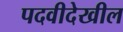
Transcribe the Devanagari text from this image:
पदवीदेखील